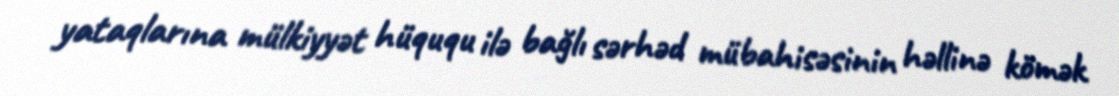
yataqlarına mülkiyyət hüququ ilə bağlı sərhəd mübahisəsinin həllinə kömək